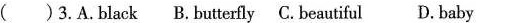
()3.A.black B.butterfly C. beautiful D. baby